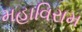
મહાવિરામ